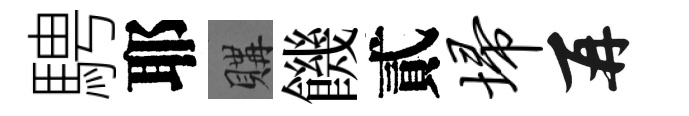
騁耶購饑貳埽再